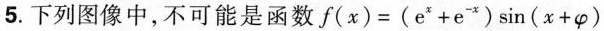
5.下列图像中，不可能是函数$$f ( x ) = ( e ^ { x } + e ^ { - x } ) \sin ( x + φ )$$